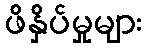
ဖိနှိပ်မှုများ